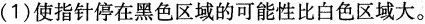
(1) 使指针停在黑色区域的可能性比白色区域大。